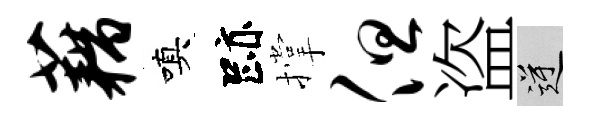
藕嗔跡撑但盗逆